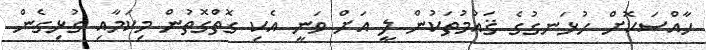
ހާއްސަކޮށް ހުޅަނގުގެ ޤައުމުތަކުން ލީ އަށް ވަނީ އެކި ގޮތްގޮތުން މިކަމާއި ގުޅިގެން